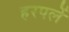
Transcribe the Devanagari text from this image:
हरपलें